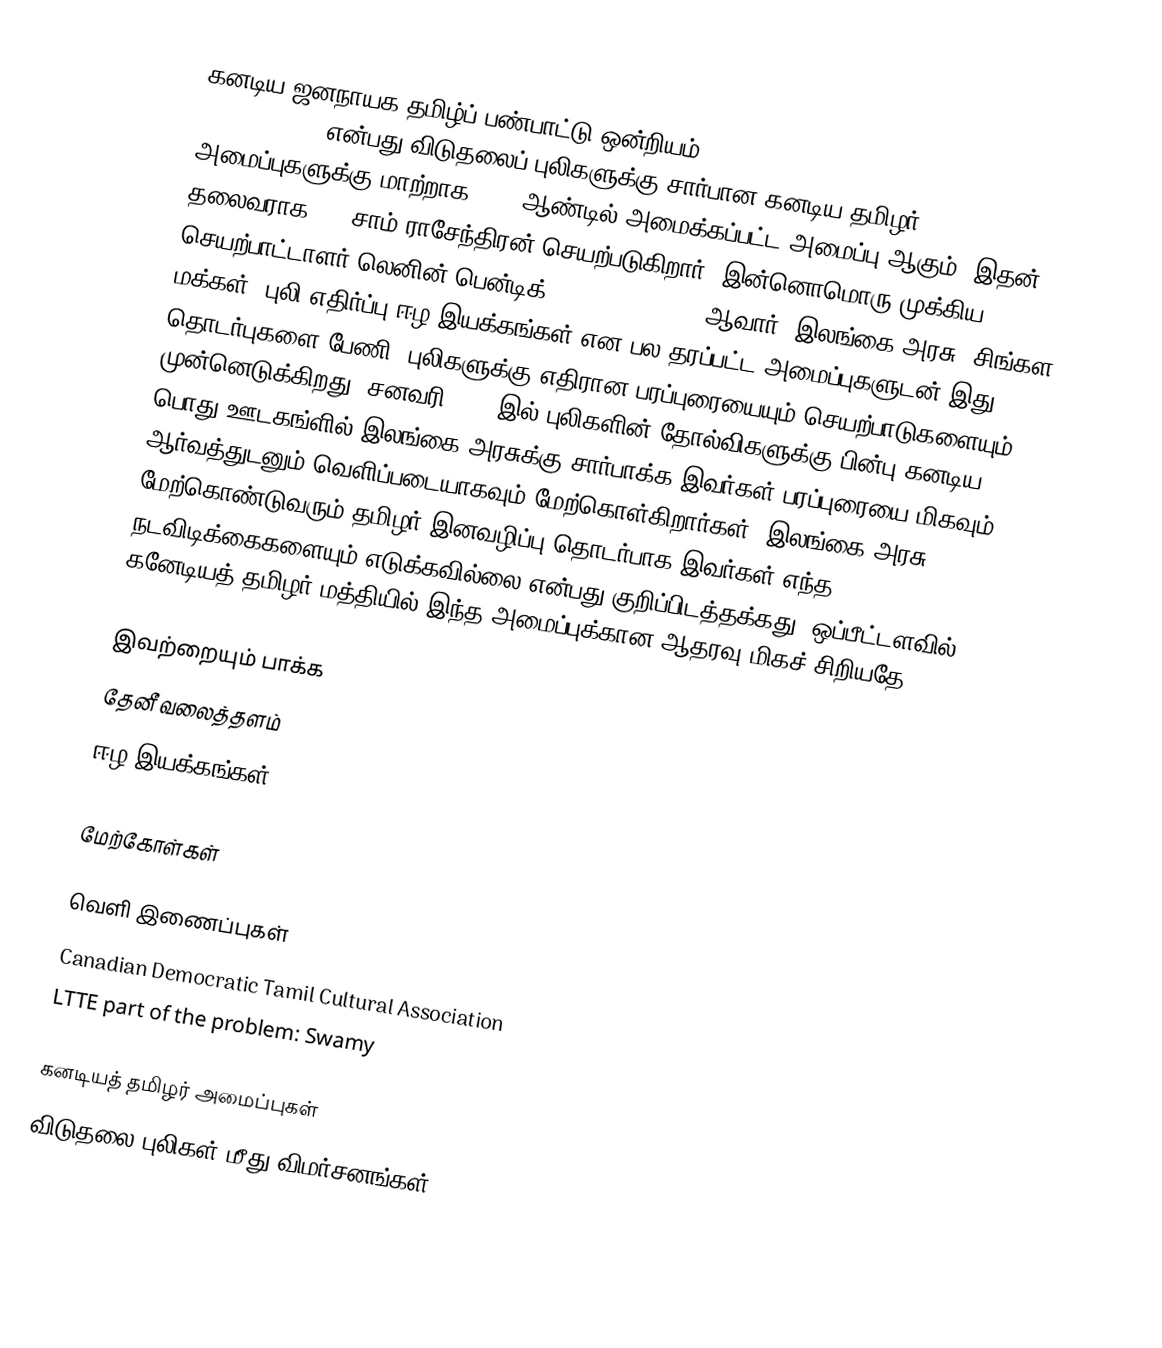
கனடிய ஜனநாயக தமிழ்ப் பண்பாட்டு ஒன்றியம் (Canadian Democratic Tamil Cultural Association ) என்பது விடுதலைப் புலிகளுக்கு சார்பான கனடிய தமிழர் அமைப்புகளுக்கு மாற்றாக 2008 ஆண்டில் அமைக்கப்பட்ட அமைப்பு ஆகும்.  இதன் தலைவராக Dr. சாம் ராசேந்திரன் செயற்படுகிறார்.  இன்னொமொரு முக்கிய செயற்பாட்டாளர் லெனின் பென்டிக் (Lenin Benedict) ஆவார். இலங்கை அரசு, சிங்கள மக்கள், புலி எதிர்ப்பு ஈழ இயக்கங்கள் என பல தரப்பட்ட அமைப்புகளுடன் இது தொடர்புகளை பேணி, புலிகளுக்கு எதிரான பரப்புரையையும் செயற்பாடுகளையும் முன்னெடுக்கிறது.  சனவரி 2009 இல் புலிகளின் தோல்விகளுக்கு பின்பு கனடிய பொது ஊடகங்ளில் இலங்கை அரசுக்கு சார்பாக்க இவர்கள் பரப்புரையை மிகவும் ஆர்வத்துடனும் வெளிப்படையாகவும் மேற்கொள்கிறார்கள்.  இலங்கை அரசு மேற்கொண்டுவரும் தமிழர் இனவழிப்பு தொடர்பாக இவர்கள் எந்த நடவிடிக்கைகளையும் எடுக்கவில்லை என்பது குறிப்பிடத்தக்கது.  ஒப்பீட்டளவில் கனேடியத் தமிழர் மத்தியில் இந்த அமைப்புக்கான ஆதரவு மிகச் சிறியதே.

இவற்றையும் பாக்க
 தேனீ வலைத்தளம்
 ஈழ இயக்கங்கள்

மேற்கோள்கள்

வெளி இணைப்புகள்
 Canadian Democratic Tamil Cultural Association
 LTTE part of the problem: Swamy

கனடியத் தமிழர் அமைப்புகள்
விடுதலை புலிகள் மீது விமர்சனங்கள்